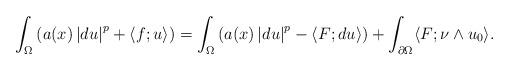
LaTeX: \begin{align*}\int_{\Omega} \left( a(x)\left\lvert du \right\rvert^{p} + \langle f ; u \rangle \right) &= \int_{\Omega} \left( a(x)\left\lvert du \right\rvert^{p} - \langle F ; du \rangle \right) + \int_{\partial\Omega} \langle F ; \nu \wedge u_{0} \rangle .\end{align*}